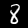
Digit: 8